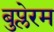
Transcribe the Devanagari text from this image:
बुप्लेरम